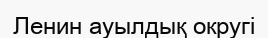
Ленин ауылдық округі